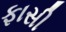
ફાસી